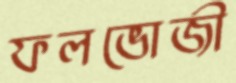
ফলভোজী